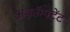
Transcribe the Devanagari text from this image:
अकॉम्पटेंट